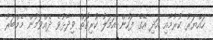
ހައްޔަރު ކުރުމާއި އަދި އޭގެ ފަހުން އަމަލު ކުރިގޮތް ވިދާޅުވެ ދެއްވަމުން މެމްބަރު